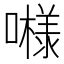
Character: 𱕇